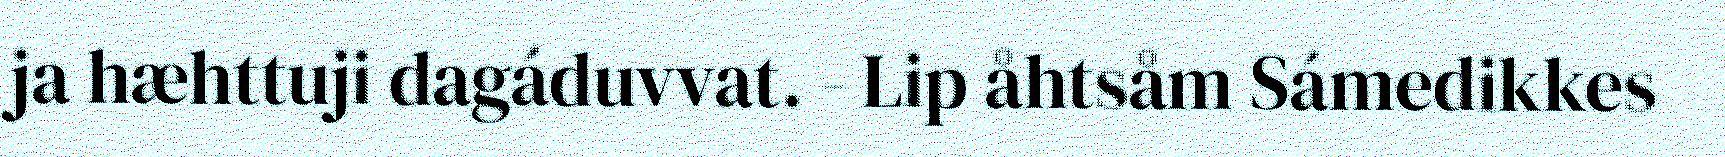
ja hæhttuji dagáduvvat. - Lip åhtsåm Sámedikkes